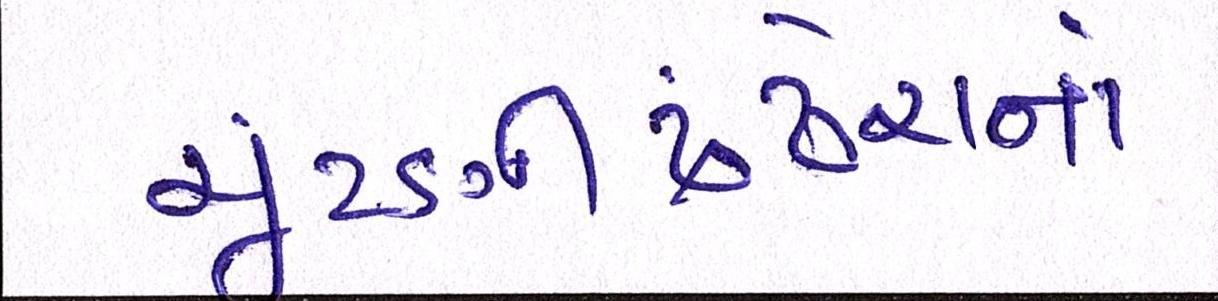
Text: ચૂંટણીઢંઢેરાનાં